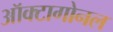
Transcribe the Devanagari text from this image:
ऑक्टागोनल